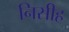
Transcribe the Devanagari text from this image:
निसीह